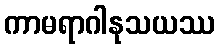
ကာမရာဂါနုသယဿ